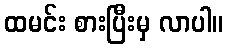
ထမင်း စားပြီးမှ လာပါ။